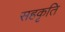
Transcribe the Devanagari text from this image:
सहकृति